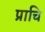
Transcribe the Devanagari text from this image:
प्राचि